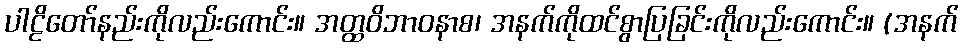
ပါဠိတော်နည်းကိုလည်းကောင်း။ အတ္ထဝိဘာဝနာစ၊ အနက်ကိုထင်စွာပြခြင်းကိုလည်းကောင်း။ (အနက်